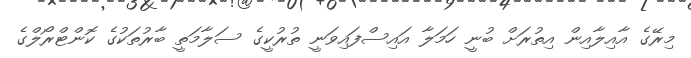
މިރޭގެ އާއިލާއިން އިތުރަށް ބުނީ ހަމަލާ އައިސްފައިވަނީ ތުރުކީގެ ސަލާމަތީ ބާރުތަކުގެ ކޮންޓްރޯލްގެ